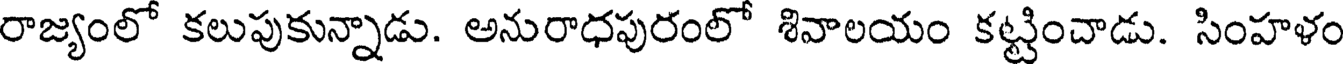
రాజ్యంలో కలుపుకున్నాడు. అనురాధపురంలో శివాలయం కట్టించాడు. సింహళం